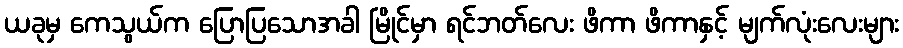
ယခုမှ ကေသွယ်က ပြောပြသောအခါ မြိုင်မှာ ရင်ဘတ်လေး ဖိကာ ဖိကာနှင့် မျက်လုံးလေးများ